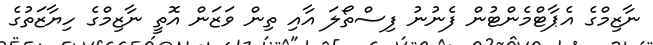
ނާޒިމްގެ އެޕާޓްމެންޓުން ފެނުނު ފިސްތޯލަ އާއި ތިން ވަޒަން އޮތީ ނާޒިމްގެ ހިޔާޒަތުގެ